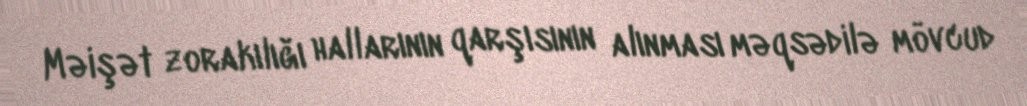
Məişət zorakılığı hallarının qarşısının alınması məqsədilə mövcud